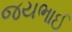
જયભાઈ